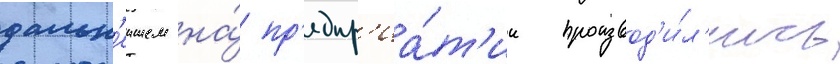
дальн'еишем на́ пр'едпр'иа́т'ии производ'и́л'ись